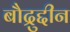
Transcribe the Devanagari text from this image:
बौद्रुद्दीन